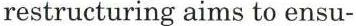
restructuring aims to ensu-